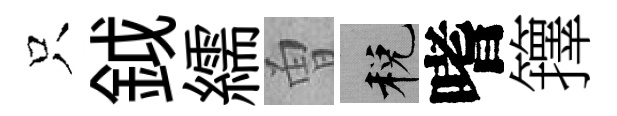
只鉞繻曽税嗜籜